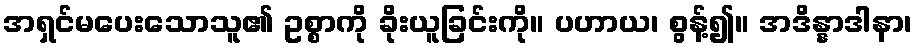
အရှင်မပေးသောသူ၏ ဥစ္စာကို ခိုးယူခြင်းကို။ ပဟာယ၊ စွန့်၍။ အဒိန္နာဒါနာ၊